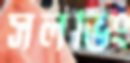
সলভিং